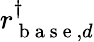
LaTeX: r_{\mathrm{~b~a~s~e~},d}^{\dagger}